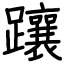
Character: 躟